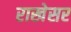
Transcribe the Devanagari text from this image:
राखेसर